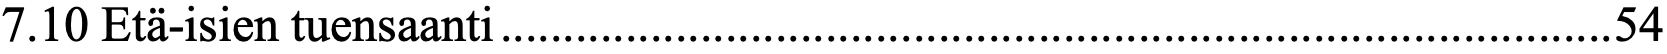
7.10 Etä-isien tuensaanti ......................................................................................... 54